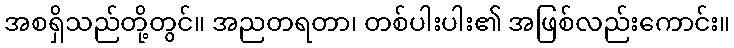
အစရှိသည်တို့တွင်။ အညတရတာ၊ တစ်ပါးပါး၏ အဖြစ်လည်းကောင်း။